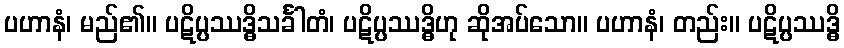
ပဟာနံ၊ မည်၏။ ပဋိပ္ပဿဒ္ဓိသင်္ခါတံ၊ ပဋိပ္ပဿဒ္ဓိဟု ဆိုအပ်သော။ ပဟာနံ၊ တည်း။ ပဋိပ္ပဿဒ္ဓိ